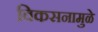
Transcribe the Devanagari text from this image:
विकसनामुळे